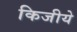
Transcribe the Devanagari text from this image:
किजीये